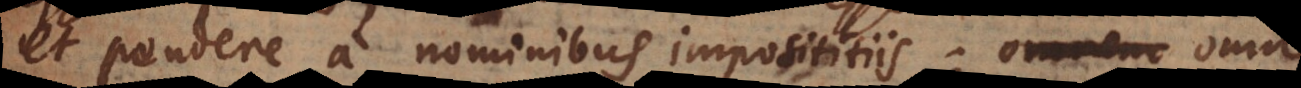
et pendere a nominibus imposititiis; omne juri